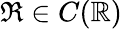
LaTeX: \mathfrak{R}\in C(\mathbb{R})